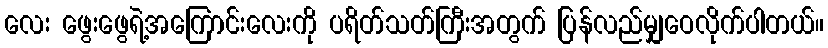
လေး ဖွေးဖွေရဲ့အကြောင်းလေးကို ပရိတ်သတ်ကြီးအတွက် ပြန်လည်မျှဝေလိုက်ပါတယ်။